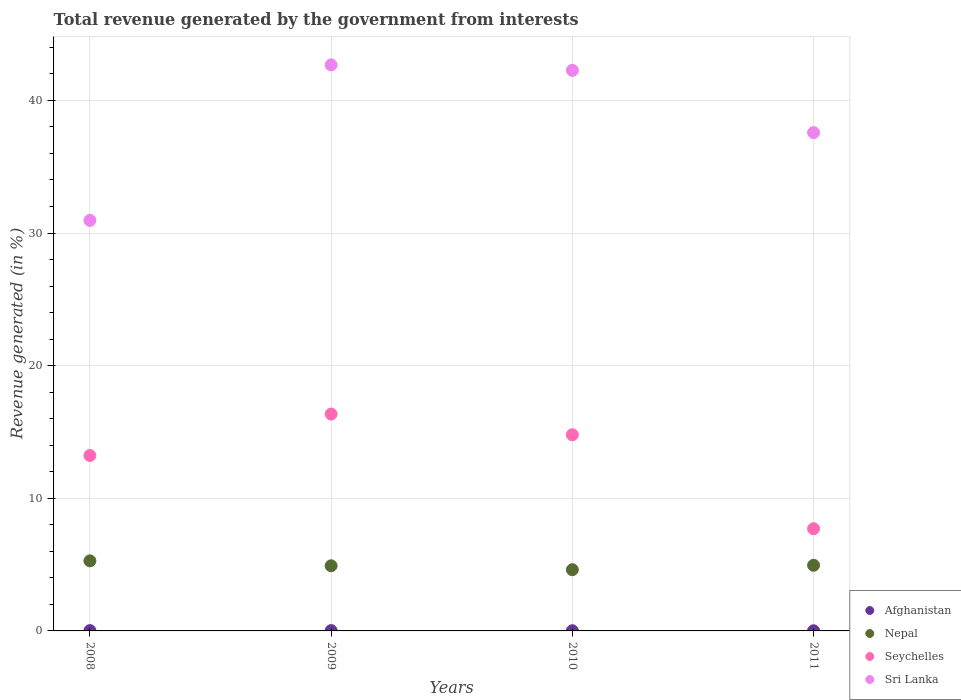
| Years | Afghanistan | Nepal | Seychelles | Sri Lanka |
 | --- | --- | --- | --- | --- |
 | 2008 | 0.0227 | 5.28 | 13.2 | 31 |
 | 2009 | 0.0241 | 4.91 | 16.4 | 42.7 |
 | 2010 | 0.0142 | 4.62 | 14.8 | 42.3 |
 | 2011 | 0.0115 | 4.95 | 7.71 | 37.6 |